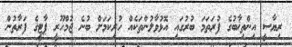
ރިޔާސީ އިންތިޚާބުގެ ފުރަތަމަ ބުރުގައި އޮޅުވާލުންތަކެއް ހުރިކަމަށް ބުނެ ޖުމްހޫރީ ޕާޓީގެ ފަރާތުން